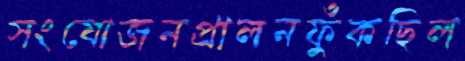
সংযোজনপ্রালনফুঁকছিল